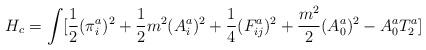
LaTeX: \begin{align*}H_c = \int [ \frac{1}{2} (\pi_i^a)^2 + \frac{1}{2}m^2(A_i^a)^2 + \frac{1}{4}(F_{ij}^a)^2 + \frac{m^2}{2}(A_0^a)^2 - A_0^a T_2^a ] \end{align*}